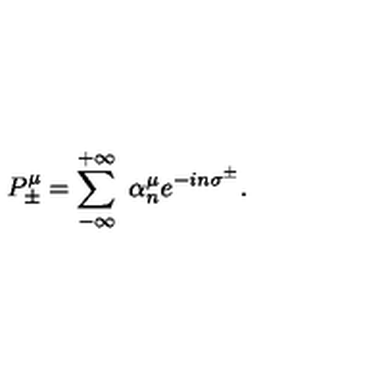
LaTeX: P _ { \pm } ^ { \mu } = \sum _ { - \infty } ^ { + \infty } \ \alpha _ { n } ^ { \mu } e ^ { - i n \sigma ^ { \pm } } .